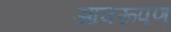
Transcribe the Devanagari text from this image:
आवरूपण